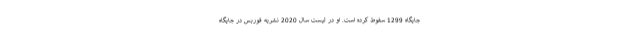
جایگاه 1299 سقوط کرده است. او در لیست سال 2020 نشریه فوربس در جایگاه